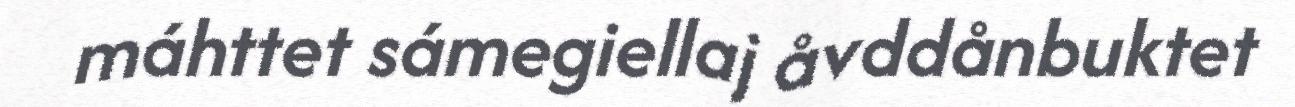
máhttet sámegiellaj åvddånbuktet